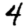
Digit: 4